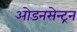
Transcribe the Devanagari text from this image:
ओडनसेन्ट्रन